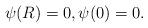
LaTeX: \begin{align*} \psi(R) = 0, \psi(0)=0.\end{align*}